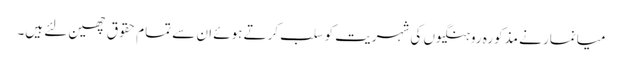
میانمار نے مذکورہ روہنگیوں کی شہریت کو سلب کرتے ہوئے ان سے تمام حقوق چھین لئے ہیں۔